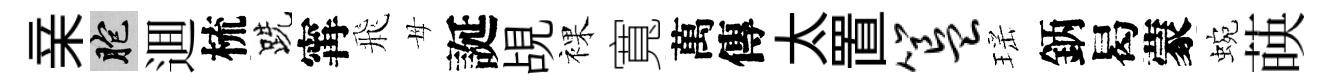
亲胞逥梳跣𡩋飛母誕覘裸寬萬傳太置簋瑶鈵曷蒙蜿𦴤